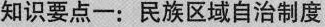
知识要点一：民族区域自治制度